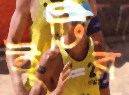
ইটির